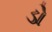
ડો